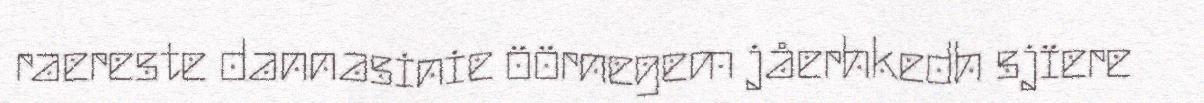
raereste dannasinie öörnegem jåerhkedh sjïere